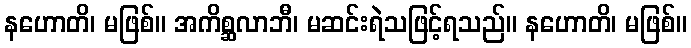
နဟောတိ၊ မဖြစ်။ အကိစ္ဆလာဘီ၊ မဆင်းရဲသဖြင့်ရသည်။ နဟောတိ၊ မဖြစ်။